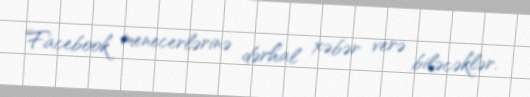
Facebook menecerlərinə dərhal xəbər verə biləcəklər.